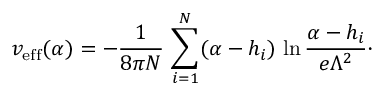
v _ { \mathrm { e f f } } ( \alpha ) = - { \frac { 1 } { 8 \pi N } } \, \sum _ { i = 1 } ^ { N } ( \alpha - h _ { i } ) \, \ln { \frac { \alpha - h _ { i } } { e \Lambda ^ { 2 } } } \cdotp